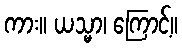
ကား။ ယသ္မာ၊ ကြောင့်။